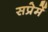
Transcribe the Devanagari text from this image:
सप्रेमें